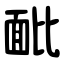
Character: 䩃